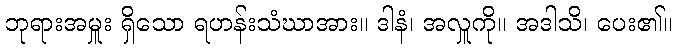
ဘုရားအမှူး ရှိသော ရဟန်းသံဃာအား။ ဒါနံ၊ အလှူကို။ အဒါသိ၊ ပေး၏။